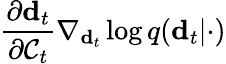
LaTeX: \frac{\partial\mathbf{d}_{t}}{\partial\mathcal{C}_{t}}\nabla_{\mathbf{d}_{t}}\log q(\mathbf{d}_{t}\vert\cdot)